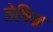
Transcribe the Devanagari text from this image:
तेविज्ज